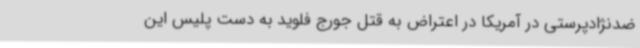
ضدنژادپرستی در آمریکا در اعتراض به قتل جورج فلوید به دست پلیس این